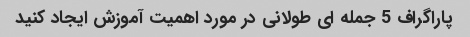
پاراگراف 5 جمله ای طولانی در مورد اهمیت آموزش ایجاد کنید